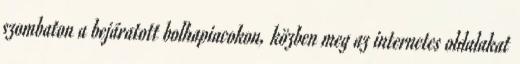
szombaton a bejáratott bolhapiacokon, közben meg az internetes oldalakat